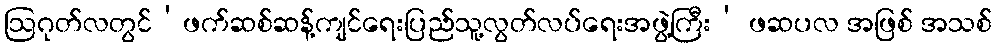
ဩဂုတ်လတွင်‘ဖက်ဆစ်ဆန့်ကျင်ရေးပြည်သူ့လွတ်လပ်ရေးအဖွဲ့ကြီး’ ဖဆပလ အဖြစ် အသစ်